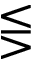
\lesseqgtr